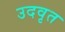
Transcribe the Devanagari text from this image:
उदवृत